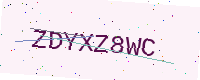
Text: ZDYXZ8WC